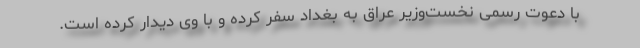
با دعوت رسمی نخست‌وزیر عراق به بغداد سفر کرده و با وی دیدار کرده است.